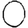
Digit: 0